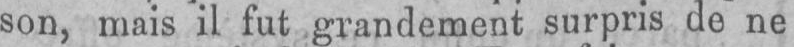
son, mais il fut grandement surpris de ne